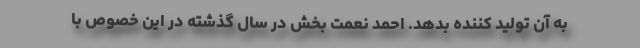
به آن تولید کننده بدهد. احمد نعمت بخش در سال گذشته در این خصوص با